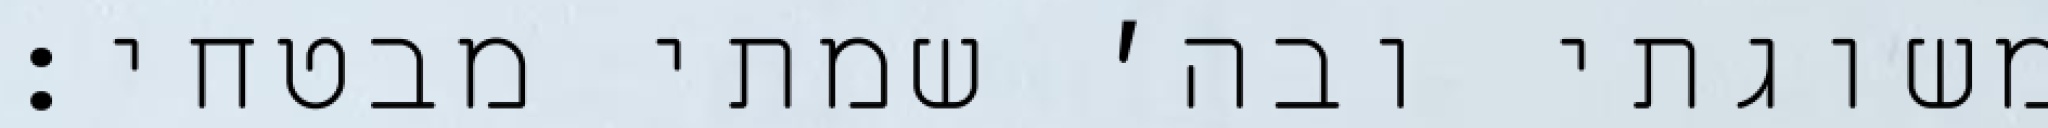
משוגתי ובה׳ שמתי מבטחי: